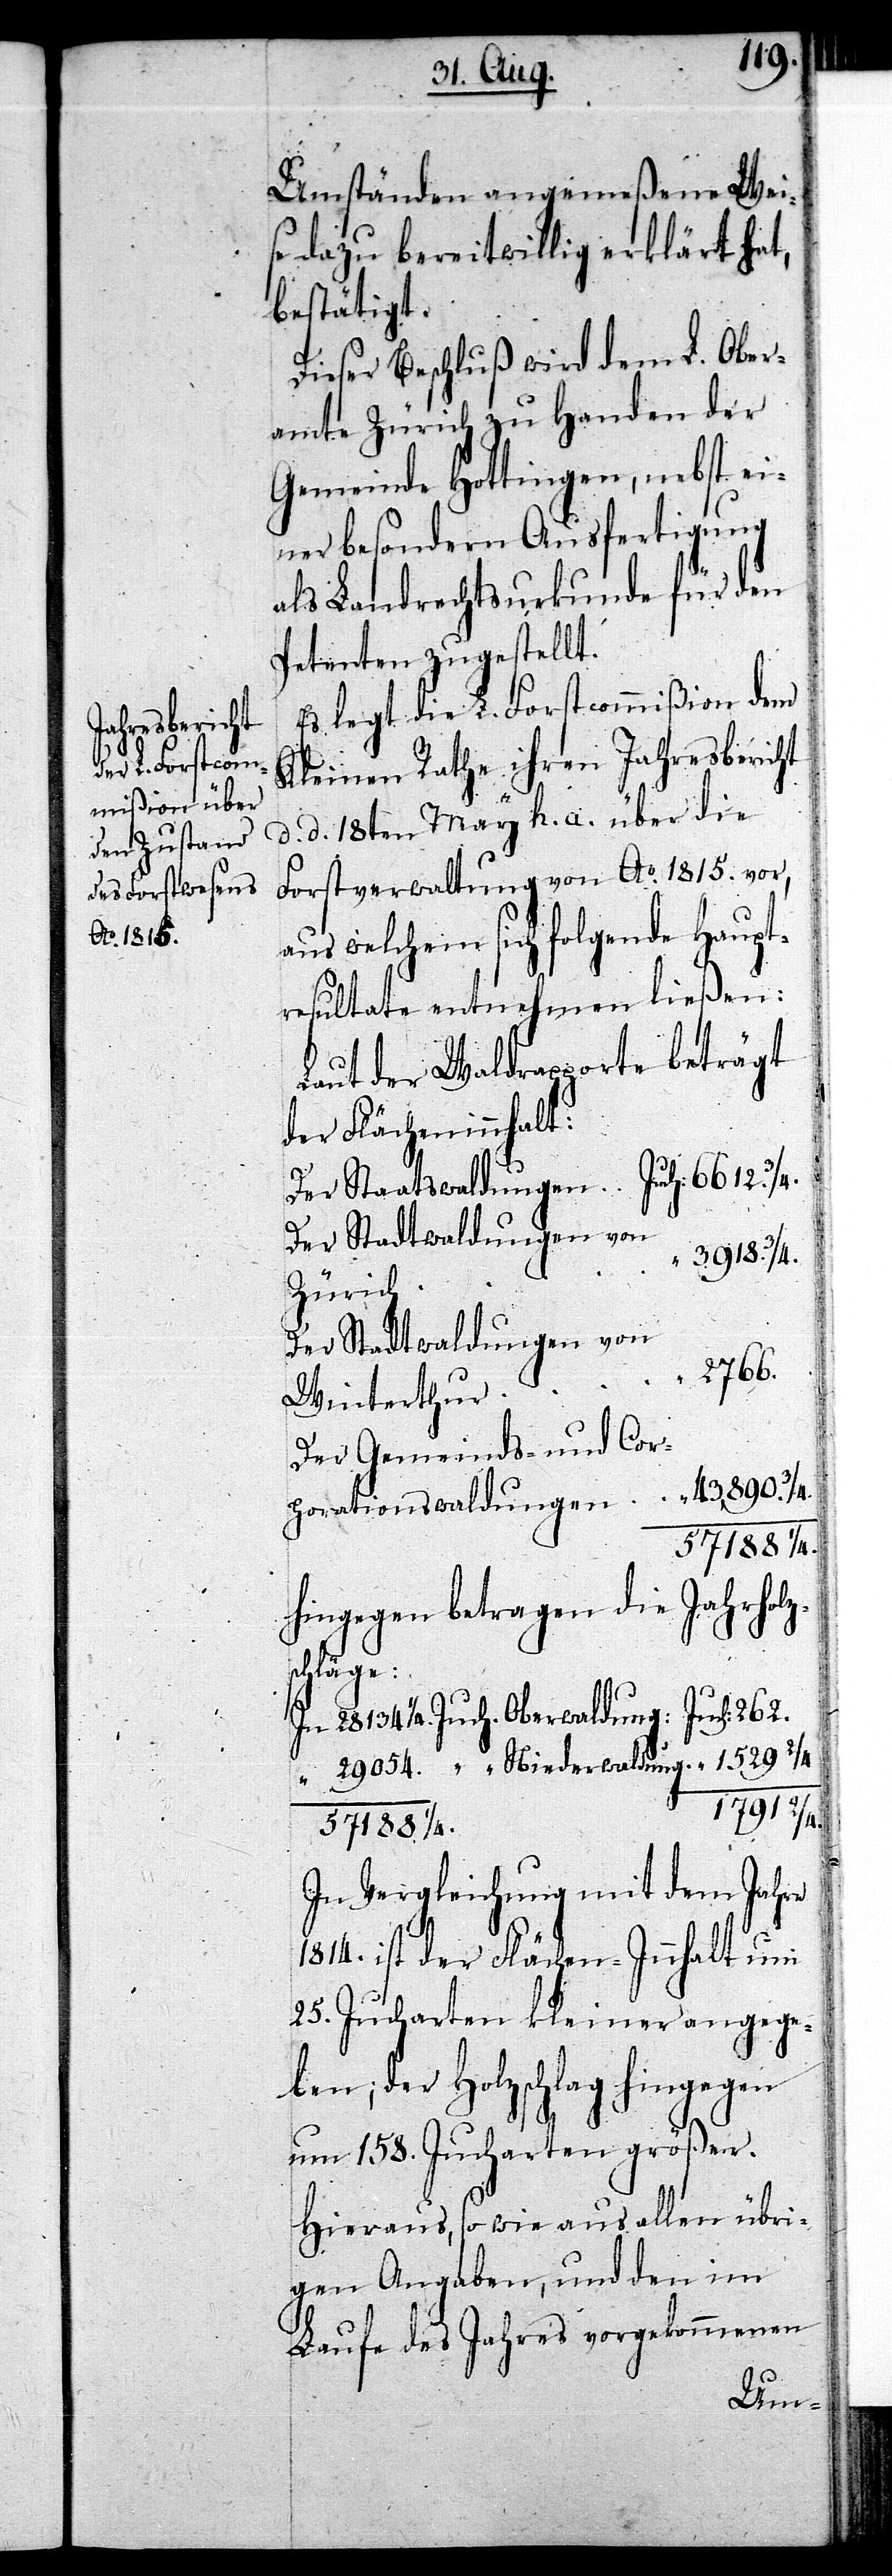
Umständen angemeßene Wei¬
se dazu bereitwillig erklärt hat,
bestätigt.
Dieser Beschluß wird dem L. Ober¬
amte Zürich zu Handen der
Gemeinde Hottingen, nebst ei¬
ner besondern Ausfertigung
als Landrechtsurkunde für den
Petenten zugestellt.
Es legt die L. Forstcommißion dem
Kleinen Rathe ihren Jahresbericht
“
d. d. 18ten May h. a. über die
Forstverwaltung von Ao. 1815. vor,
aus welchem sich folgende Haupt¬
resultate entnehmen ließen:
Laut der Waldrapporte beträgt
der Flächeninnhalt:
“ 3918. 3/4.
Zürich
Der Stadtwaldungen von
“ 2766.
Winterthur
Der Gemeinds- und Cor¬
43,890. 3/4.
porationswaldungen
Hingegen betragen die Jahrholz¬
schläge:
In 28134 1/4. Juch. Oberwaldung: Juch: 262.
“ 29054. “ Niederwaldung “ 1529 2/4
1791 2/4.
57188 1/4.
In Vergleichung mit dem Jahre
1814. ist der Flächen-Innhalt um
25. Jucharten kleiner angege¬
ben; der Holzschlag hingegen
um 158. Jucharten größer.
Hieraus, so wie aus allen übri¬
gen Angaben, und den im
Laufe des Jahres vorgekommenen